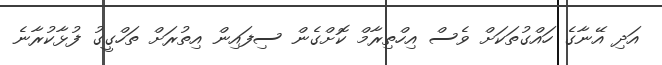
އަދި އޭނާގެ ހައްގުތަކަށް ވެސް އިހްތިރާމް ކޮށްގެން ސިފައިން އިތުރަށް ތަހްގީގު ފުޅާކުރާނެ